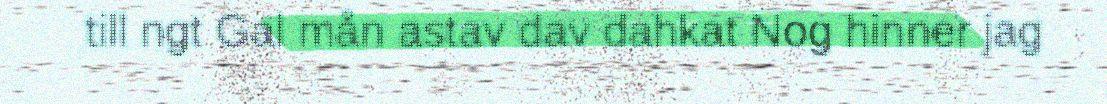
till ngt Gal mån astav dav dahkat Nog hinner jag